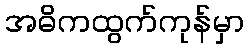
အဓိကထွက်ကုန်မှာ